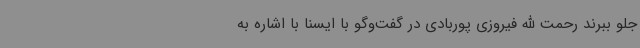
جلو ببرند رحمت الله فیروزی پوربادی در گفت‌وگو با ایسنا با اشاره به